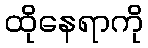
ထိုနေရာကို